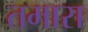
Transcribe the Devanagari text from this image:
तमारा